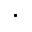
^ \bullet